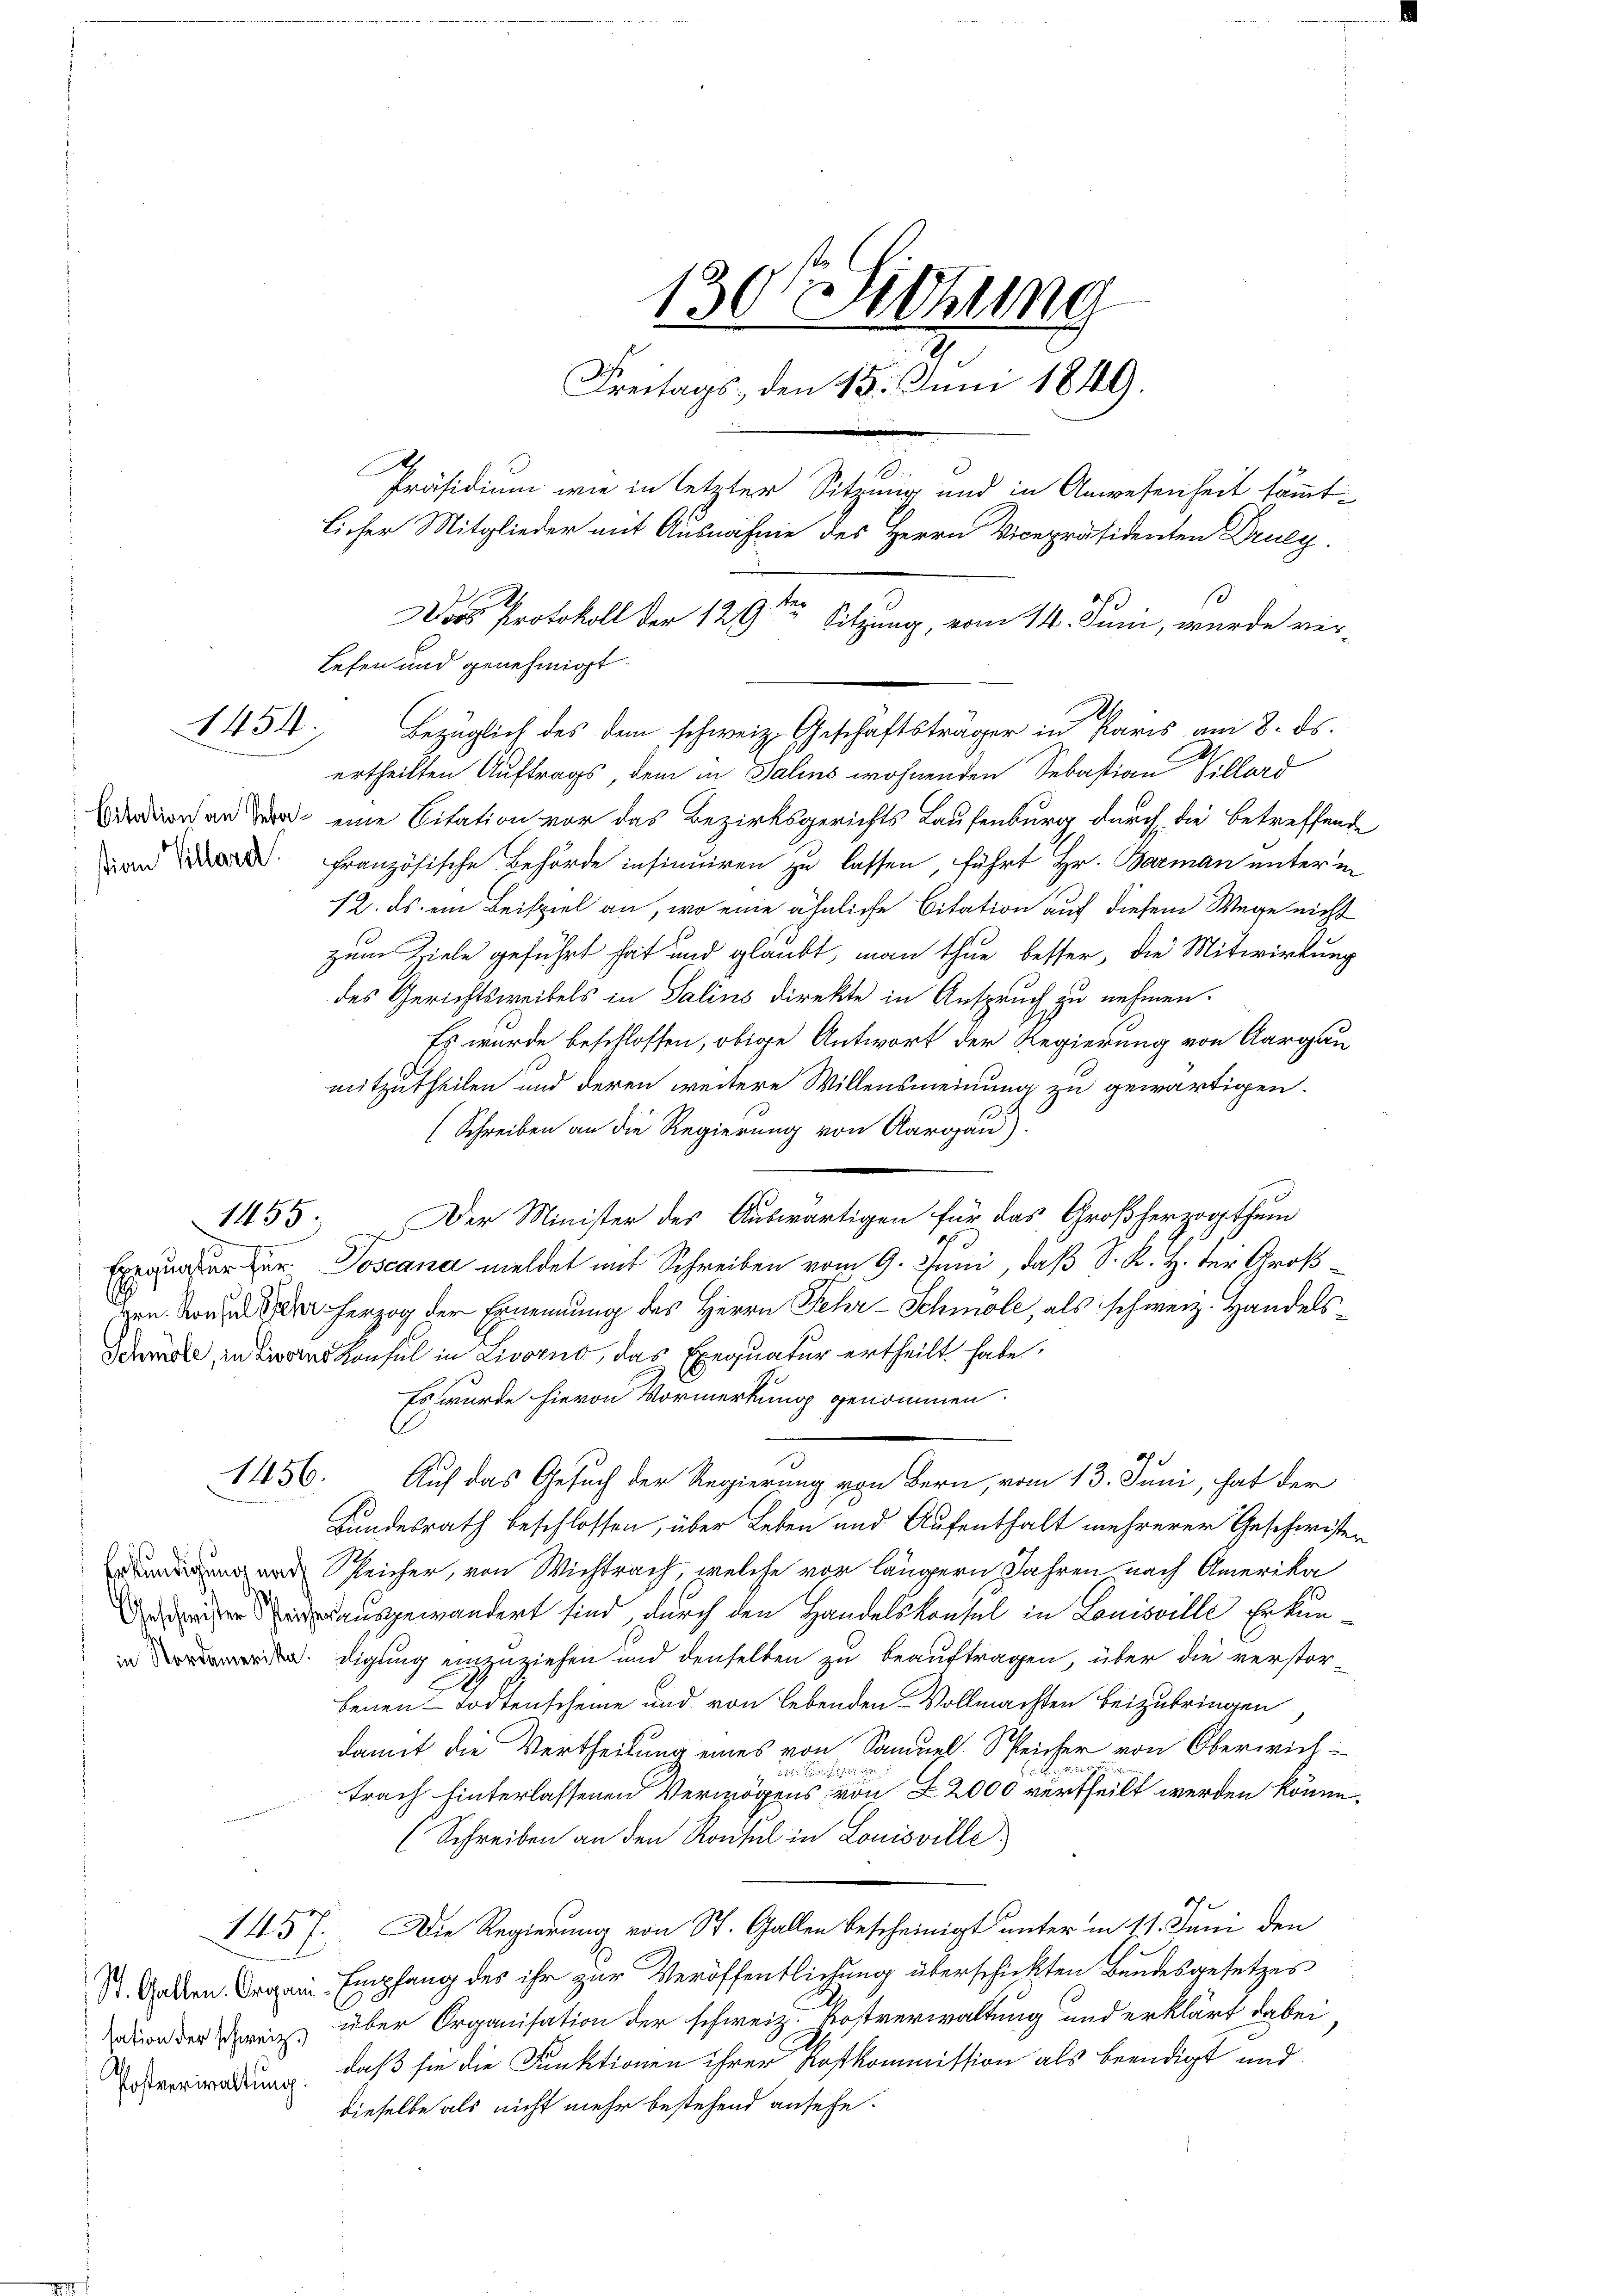
1454.

stian Villard

1456.

sation der schweiz.)
Postenriraltung.

130 Sitzung
ds
Freitags, den 15. Juni 1849.
Präsidium wie in letzter Sitzung und in Anwesenheit sämmtlicher Mitglieder mit Ausnahme des Herrn Vicepräsidenten Druy
so
.
Das Protokoll der 129. Sitzung, vom 14. Juni, wurde ver-
Lefen und genehmigt.
Bezüglich des dem schweiz. Geschäftsträger in Paris am 8. ds.

ertheilten Auftrags, dem in Salins wohnenden Sebastian Villard
dan der eine Citation vor das Bezirksgerichts Laufenburg durch die betreffende
französische Behörde insinuiren zu lassen, führt Hr. Barman unter in
12. ds. ein Beispiel an, wo eine ähnliche Citation auf diesem Wege nicht
zum Ziele geführt hat und glaubt, man thue besser, die Mitwirkung
des Gerichtsweibels in Salins direkte in Anspruch zu nehmen.
Es wurde beschlossen, obige Antwort der Regierung von Aargau
mitzutheilen und deren weitere Willensmeinung zu gewärtigen.
(Schreiben an die Regierung von Aargau)
1455. Der Minister des Auswärtigen für das Großherzogthum
Exposer zur Toscana meldet mit Schreiben vom 9. Juni, daß S. K. H. der Groß
Hrn. Da herzog der Ernennung des Herrn Fehr-Schmoll, als schweiz. Handels
Schade, in des Konsul in Livorno, das Exequatur ertheilt habe.
Es wurde hievon Vormerkung genommen.
Auf das Gesuch der Regierung von Bern, vom 13. Juni, hat der
Bundesrath beschlossen, über Leben und Aufenthalt mehrerer Geschwister
 Reicher, von Wichtrach, welche vor längern Jahren nach Amerika
ierausgewandert sind, durch den Handelskonsul in Louisville Erkundigung einzuziehen und denselben zu beauftragen, über die verstorbenen Todtenscheine und von lebenden Vollmachten beizubringen
damit die Vertheilung eines von Samuel Speicher von Oberwich
o Peter
trach hinterlassenen Vermögens von 2000 vertheilt werden könne.
(Schreiben an den Konsul in Louisville.
1457. Die Regierung von St. Gallen bescheinigt unter in 11. Juni den
St. Galern. Organi-Empfang des ihr zur Veröffentlichung überschickten Bundesgesetzes
über Organisation der schweiz. Postverwaltung und erklärt dabei
daß sie die Funktionen ihrer Kostkommission als beendigt und
dieselbe als nicht mehr bestehend ansehe.